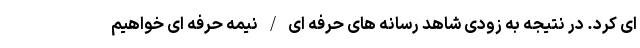
ای کرد. در نتیجه به زودی شاهد رسانه های حرفه ای / نیمه حرفه ای خواهیم